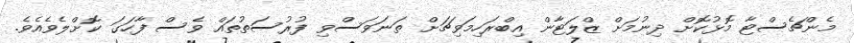
މެންޗެސްޓާ މޮޅުކޮށް ދިނުމަށް ޒްލަޓާން އިބްރަހިމަވިޗަށް ތަނަވަސްވި ފުރުސަތުތައް ވެސް ފާހަގަ ކޮށްލެވެއެވެ.